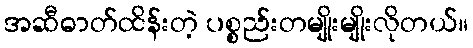
အဆီဓာတ်ထိန်းတဲ့ ပစ္စည်းတမျိုးမျိုးလိုတယ်။